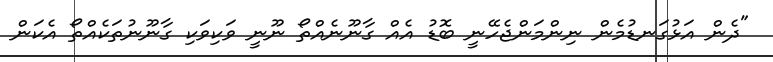
"ދެން އަޅުގަނޑުމެން ނިންމަންޖެހޭނީ ބޮޑު އެއް ގާނޫނެއްތޯ ނޫނީ ވަކިވަކި ގާނޫނުތަކެއްތޯ އެކަން